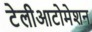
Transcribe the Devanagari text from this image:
टेलीआटोमेशन